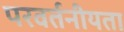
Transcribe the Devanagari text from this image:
परवर्तनीयता